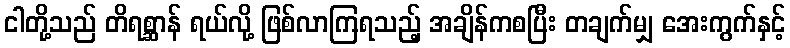
ငါတို့သည် တိရစ္ဆာန် ရယ်လို့ ဖြစ်လာကြရသည့် အချိန်ကစပြီး တချက်မျှ အေးကွက်နှင့်